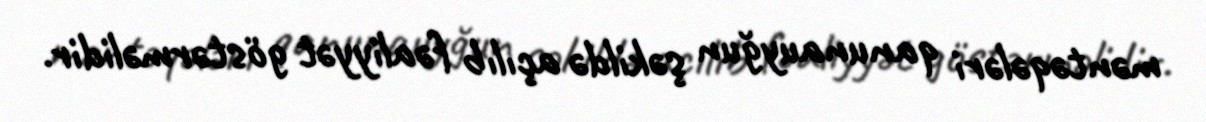
məntəqələri qanunauyğun şəkildə açılıb fəaliyyət göstərməlidir.